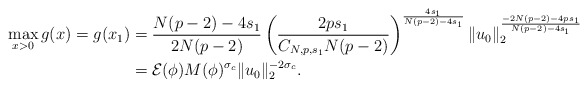
\begin{align*}\max_{x>0} g(x)=g(x_1)&=\frac{N(p-2)-4s_1}{2N(p-2)}\left(\frac{2ps_1}{C_{N,p,s_1}N(p-2)}\right)^{\frac{4s_1}{N(p-2)-4s_1}} \|u_0\|_2^{\frac{-2N(p-2)-4ps_1}{N(p-2)-4s_1}}\\&=\mathcal{E}(\phi)M(\phi)^{\sigma_c}\|u_0\|_2^{-2\sigma_c}.\end{align*}